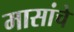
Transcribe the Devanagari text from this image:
मासांचे